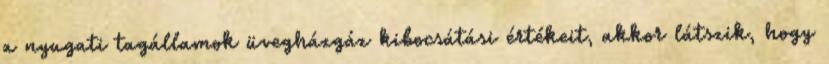
a nyugati tagállamok üvegházgáz kibocsátási értékeit, akkor látszik, hogy